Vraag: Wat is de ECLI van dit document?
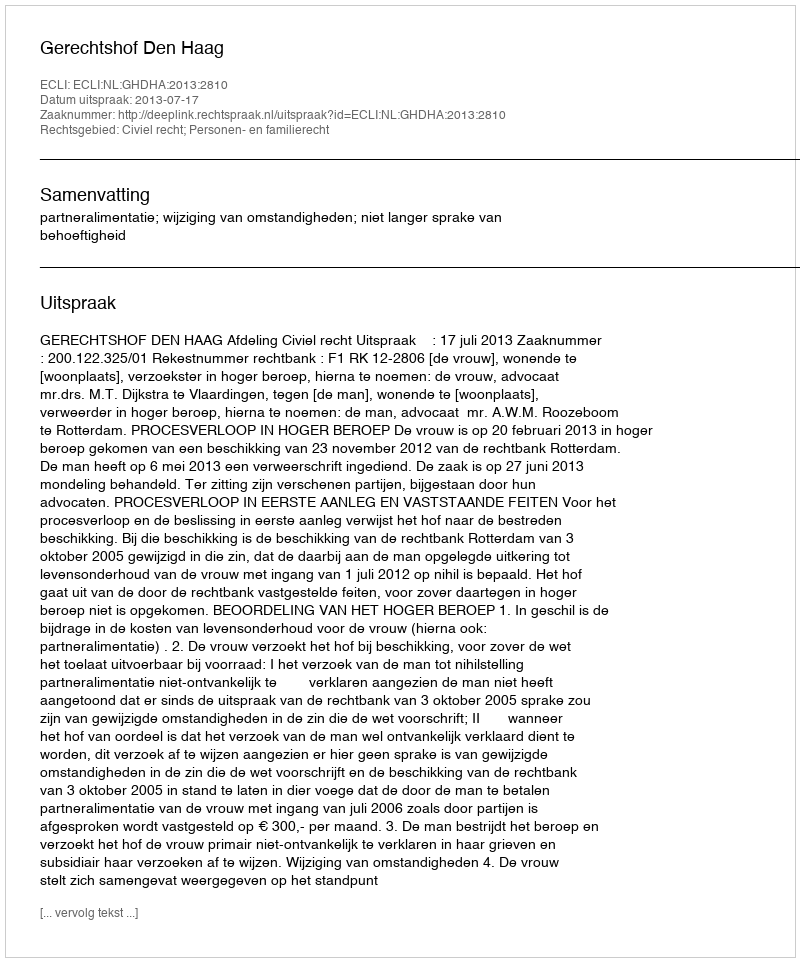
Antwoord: ECLI:NL:GHDHA:2013:2810